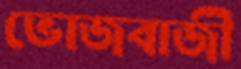
ভোজবাজী